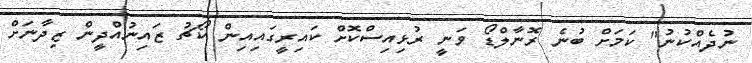
ނުދެއްކުނު" ކަމަށް ބުނެ ރޮނާލްޑޯ ވަނީ ރުޅިއިސްކޮށް ކައިރީގައިއިން ކޯޗު ޒައިނުއްދީން ޒިދާނަށް